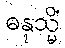
ဓနုသ္မိံ